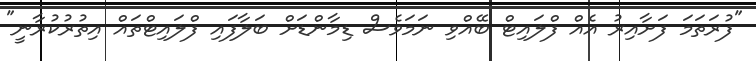
"ފުރަތަމަ ފަށާއިރު އެއް ފްލައިޓް ބޭއްވި ނަމަވެސް ޑިމާންޑަށް ބަލާފައި ފްލައިޓްތައް އިތުރުކުރާނީ"